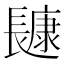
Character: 𰿔